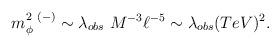
LaTeX: \begin{align*}m^{2\ (-)}_{\phi} \sim\lambda_{obs}\ M^{-3} \ell^{-5} \sim \lambda_{obs} (TeV)^2.\end{align*}